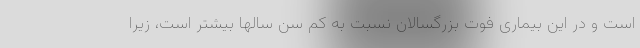
است و در این بیماری فوت بزرگسالان نسبت به کم سن سالها بیشتر است، زیرا